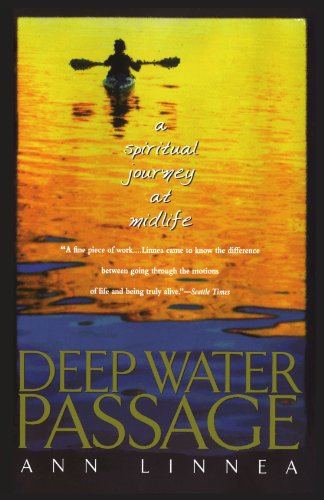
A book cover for Deep Water Passage: A Spiritual Journey at Midlife; Ann Linnea; Biographies & Memoirs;